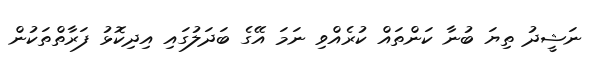
ނަޝީދު ތިޔަ ބުނާ ކަންތައް ކުރެއްވި ނަމަ އޭގެ ބަދަލުގައި އިދިކޮޅު ފަރާތްތަކުން